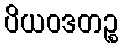
ပိယဝဒတဉ္စ